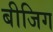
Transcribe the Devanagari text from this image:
बीजिग